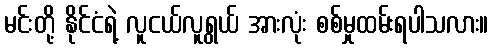
မင်းတို့ နိုင်ငံရဲ့ လူငယ်လူရွယ် အားလုံး စစ်မှုထမ်းရပါသလား။